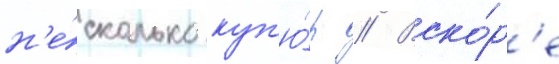
н'е́сколько куп'ю́р // Вско́р'е